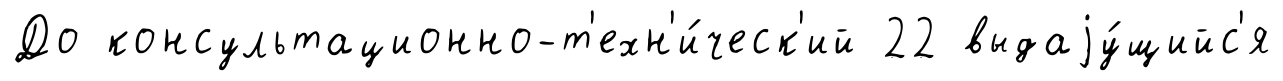
До консультационно-т'ехн'и́ческ'ий 22 выдаjу́щийс'я